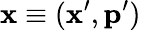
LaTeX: \mathbf{x}\equiv(\mathbf{x}^{\prime},\mathbf{p}^{\prime})